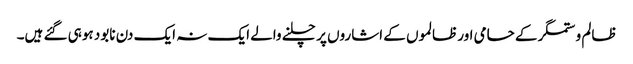
ظالم و ستمگر کے حامی اور ظالموں کے اشاروں پر چلنے والے ایک نہ ایک دن نابود ہوہی گئے ہیں۔